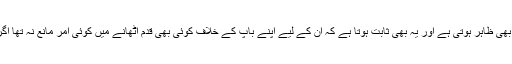
اس میں حضرت عبداللہؓ کی اسلام اور آنحضرت صلی اللہ علیہ وسلم سے محبت بھی ظاہر ہوتی ہے اور یہ بھی ثابت ہوتا ہے کہ ان کے لیے اپنے باپ کے خلاف کوئی بھی قدم اٹھانے میں کوئی امر مانع نہ تھا اگر وہ اسلام کی عزت اور آنحضرت صلی اللہ علیہ وسلم کی عزت پر حملے کرتا۔